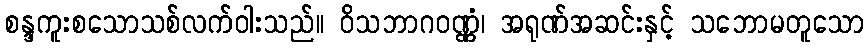
စန္ဒကူးစသောသစ်လက်ဝါးသည်။ ဝိသဘာဂဝဏ္ဏံ၊ အရုဏ်အဆင်းနှင့် သဘောမတူသော